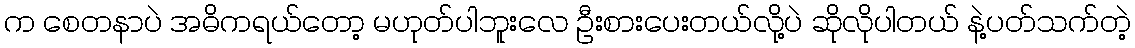
က စေတနာပဲ အဓိကရယ်တော့ မဟုတ်ပါဘူးလေ ဦးစားပေးတယ်လို့ပဲ ဆိုလိုပါတယ် နဲ့ပတ်သက်တဲ့